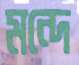
মন্দে